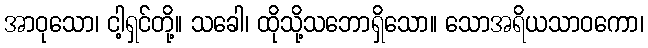
အာဝုသော၊ ငါ့ရှင်တို့။ သခေါ၊ ထိုသို့သဘောရှိသော။ သောအရိယသာဝကော၊